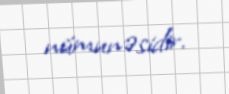
nümunəsidir.